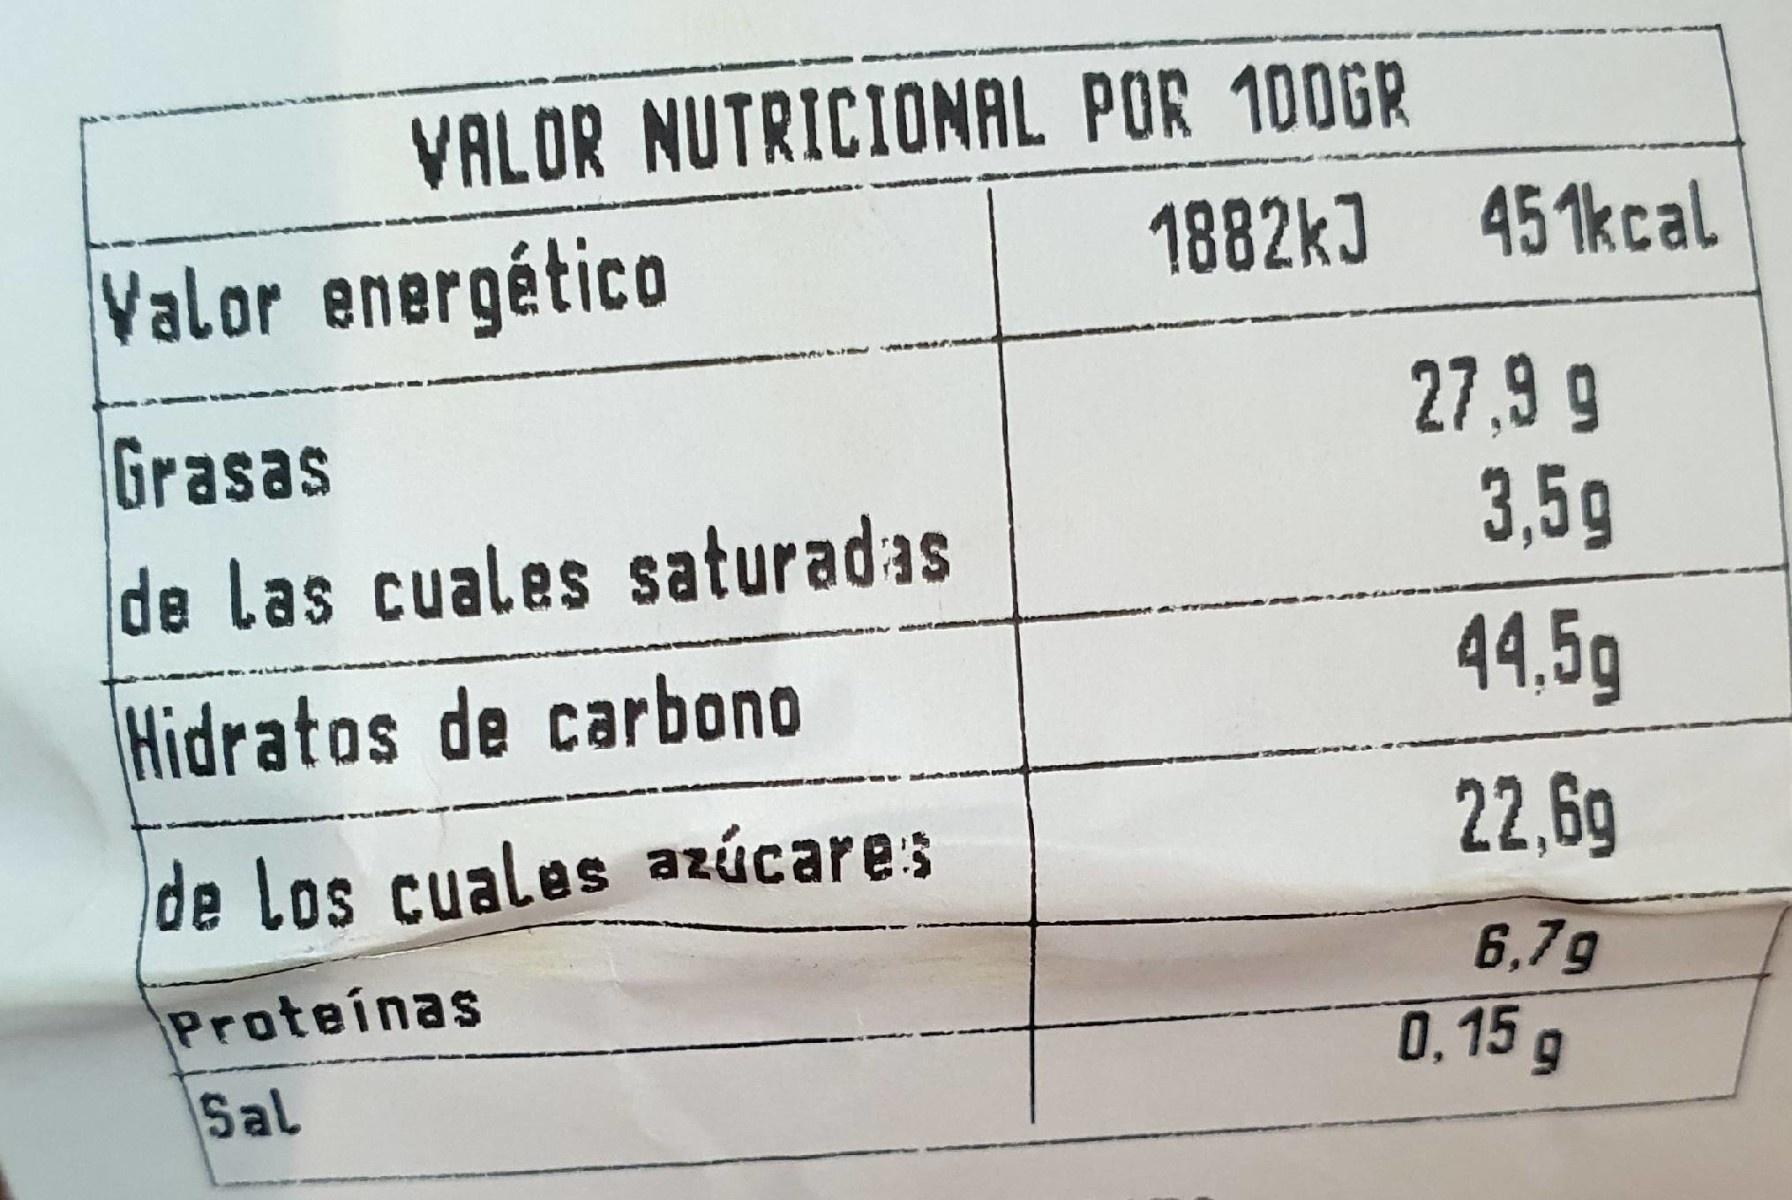
VALOR NUTRICIONAL POR 100GR
Valor energético
1882kJ 451kcal
27.9 9
Grasas de las cuales saturadas
3,5g
Hidratos de carbono
44,5g
de Los cuales azúcares
22,6g
6,79
Proteínas
0.15g
Sal